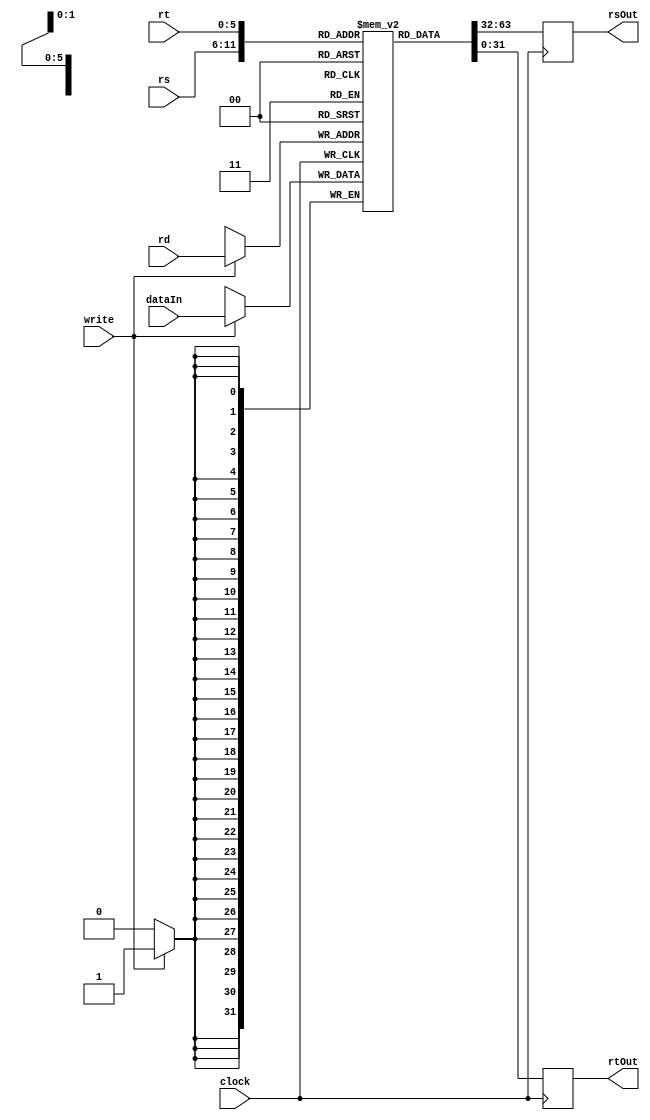
`timescale 1ns / 1ps
//////////////////////////////////////////////////////////////////////////////////
// Company: 
// Engineer: 
// 
// Design Name: 
// Module Name: reg_file
// Project Name: 
// Target Devices: 
// Tool Versions: 
// Description: 
// 
// Dependencies: 
// 
// Revision:
// Revision 0.01 - File Created
// Additional Comments:
// 
//////////////////////////////////////////////////////////////////////////////////
/*
module reg_file(
    input clk,
    input reset,
    input [5:0] readReg1, readReg2, writeReg, //Register numbers
    input [31:0] writeData, // Data to write
    input regWrite, // Write enable signal
    output [31:0] readData1, readData2 //Data outputs
);

//Define 32 registers of 32 bits each
reg [31:0] registers[31:0];

//Initialize registers to 0 on reset
integer i;
always @(posedge reset) begin
    for (i = 0; i < 32; i = i + 1) begin
        registers[i] <= 32'b0;
    end
end

initial
    begin
    registers[8]=12;
    registers[10]=10;
    end 

// Read operations (combinational logic)
assign readData1 = registers[readReg1];
assign readData2 = registers[readReg2];

// Write operation (sequential logic, on positive clock edge)
always @(posedge clk) begin
    if (regWrite && (writeReg != 5'b0)) begin //Prevent writing to register 0
        registers[writeReg] <= writeData;
    end
end

endmodule
*/
module reg_file(clock, rs, rt, rd, dataIn, write, rsOut, rtOut);
	reg[31:0]registers[63:0];
	input [5:0] rs;
	input [5:0] rt;
	input [5:0] rd;
	input [31:0] dataIn;
	input clock, write;
	output reg [31:0] rsOut;
	output reg [31:0] rtOut;
	
	/*
	initial
    begin
        registers[8]=1;
        registers[9]=2;
        registers[20]=7;
        registers[21]=11;
        registers[22]=31;
        registers[23]=33;
    end 
    */
	
	always@(posedge clock)
	
	begin
	    //if (write==0) begin
		  rsOut = registers[rs];
		  rtOut = registers[rt];
		//end
		if (write==1) 
			registers[rd] = dataIn;
	end
endmodule